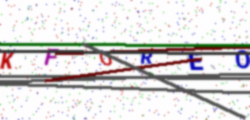
Text: KFOREO